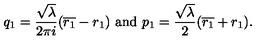
q _ { 1 } = { \frac { \sqrt \lambda } { 2 \pi i } } ( \overline { { r _ { 1 } } } - r _ { 1 } ) \ \mathrm { a n d } \ p _ { 1 } = { \frac { \sqrt { \lambda } } { 2 } } ( \overline { { r _ { 1 } } } + r _ { 1 } ) .